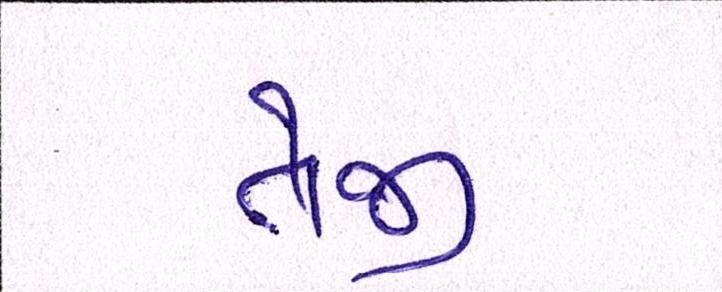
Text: તેજી